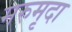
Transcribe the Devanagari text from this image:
मरुमृदा